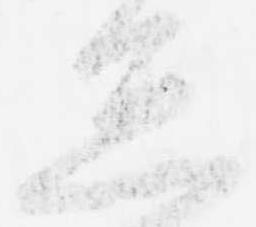
怠